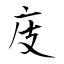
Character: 庋